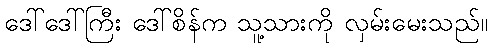
ဒေါ်ဒေါ်ကြီး ဒေါ်စိန်က သူ့သားကို လှမ်းမေးသည်။